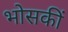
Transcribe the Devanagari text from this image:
भोसकीं